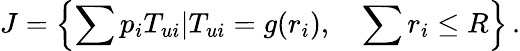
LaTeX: J=\left\{ \sum p_{i}T_{ui}|T_{ui}=g(r_{i}),\quad\sum r_{i}\le R\right\} \, .